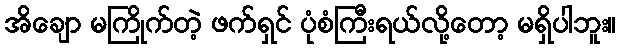
အိချော မကြိုက်တဲ့ ဖက်ရှင် ပုံစံကြီးရယ်လို့တော့ မရှိပါဘူး။